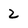
Character: 2